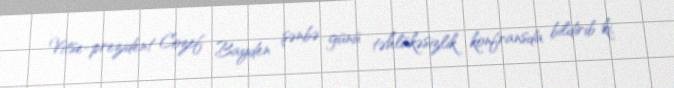
Vitse-prezident Cozef Bayden şənbə günü təhlükəsizlik konfransda bildirib ki,